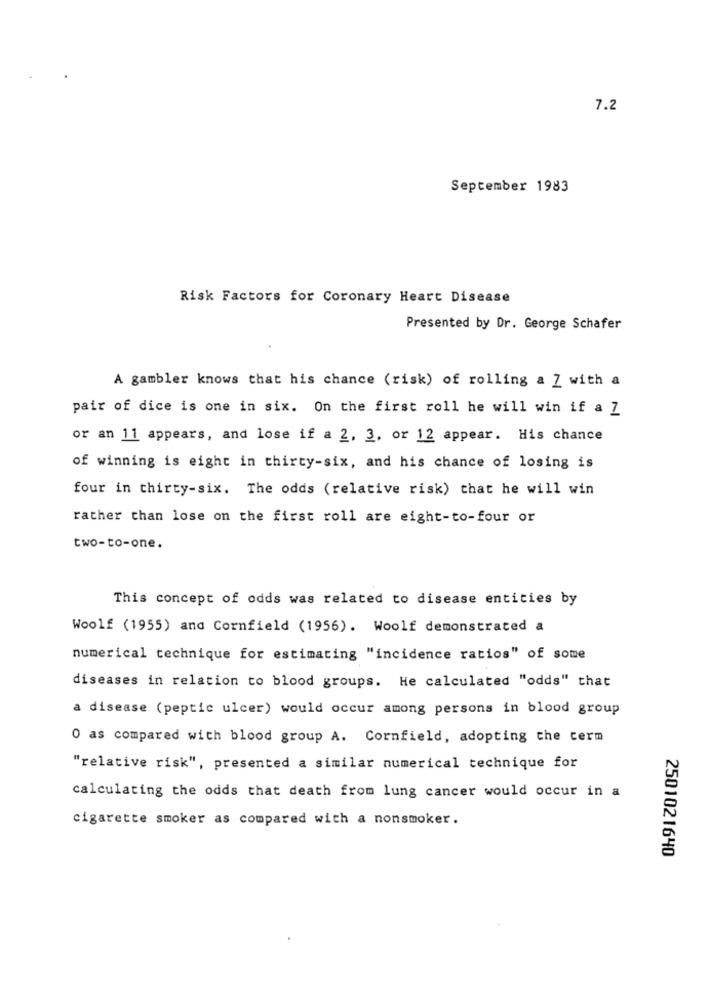
7.2
September 1983
Risk Factors for Coronary Heart Disease
Presented by Dr. George Schafer
A gambler knows that his chance (risk) of rolling a Z with a
pair of dice is one in six. On the first roll he will win if a Z
or an 11 appears, and lose if a 2, 3, or 12 appear. His chance
of winning is eight in thirty-six, and his chance of losing is
four in thirty-six. The odds (relative risk) that he will win
rather than lose on the first roll are eight-to-four or
two-to-one.
This concept of odds was related to disease entities by
Woolf (1955) and Cornfield (1956). Woolf demonstrated a
numerical technique for estimating "incidence ratios" of some
diseases in relation to blood groups. He calculated "odds" that
a disease (peptic ulcer) would occur among persons in blood group
O as compared with blood group A. Cornfield, adopting the term
"relative risk", presented a similar numerical technique for
calculating the odds that death from lung cancer would occur in a
cigarette smoker as compared with a nonsmoker.
2501021640